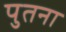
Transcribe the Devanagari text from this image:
पुतना